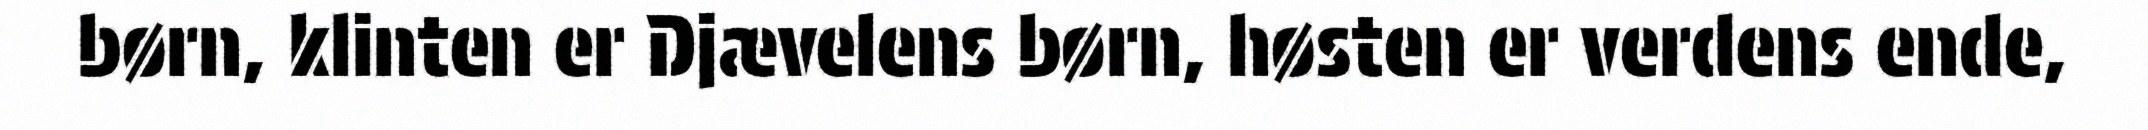
børn, klinten er Djævelens børn, høsten er verdens ende,